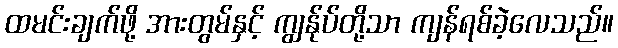
ထမင်းချက်ဖို့ အားတွမ်နှင့် ကျွန်ုပ်တို့သာ ကျန်ရစ်ခဲ့လေသည်။